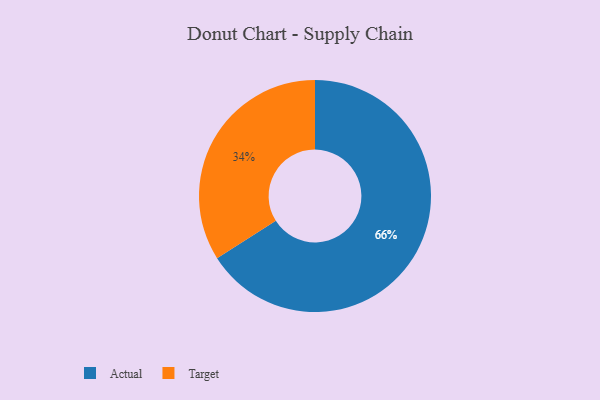
{"axis": {"x": "Category", "y": "Percentage"}, "legend": ["Actual", "Target"], "data": [{"x": "Target", "y": 34, "type": "Target"}, {"x": "Actual", "y": 66, "type": "Actual"}]}